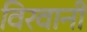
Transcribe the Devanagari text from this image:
विरवानी